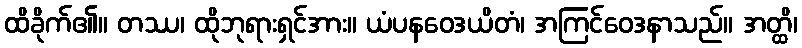
ထိခိုက်၏။ တဿ၊ ထိုဘုရားရှင်အား။ ယံပနဝေဒယိတံ၊ အကြင်ဝေဒနာသည်။ အတ္ထိ၊